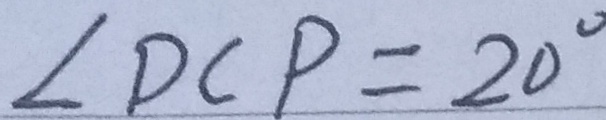
\angle D C P = 2 0 ^ { \circ }